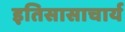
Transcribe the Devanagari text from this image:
इतिसासाचार्य